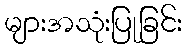
များအသုံးပြုခြင်း